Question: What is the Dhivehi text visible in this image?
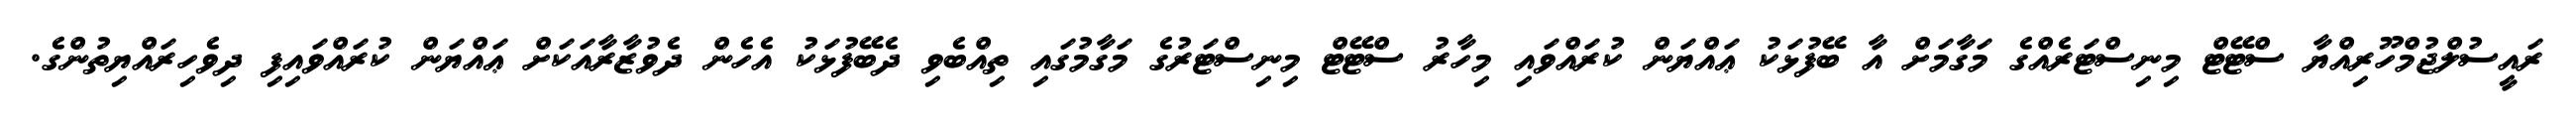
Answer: ރައީސުލްޖުމްހޫރިއްޔާ ސްޓޭޓް މިނިސްޓަރެއްގެ މަގާމަށް އާ ބޭފުޅަކު ޢައްޔަން ކުރައްވައި މިހާރު ސްޓޭޓް މިނިސްޓަރުގެ މަގާމުގައި ތިއްބެވި ދެބޭފުޅަކު އެހެން ދެވުޒާރާއަކަށް ޢައްޔަން ކުރައްވައިފި ދިވެހިރައްޔިތުންގެ.